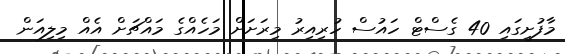
މާފުށީގައި 40 ގެސްޓް ހައުސް ހުރިއިރު މިރަށަށް މަހެއްގެ މައްޗަށް އެއް މިލިއަން